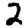
Digit: 2